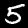
Digit: 5